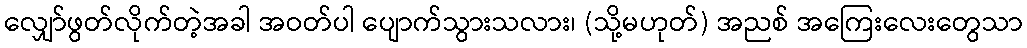
လျှော်ဖွတ်လိုက်တဲ့အခါ အဝတ်ပါ ပျောက်သွားသလား၊ (သို့မဟုတ်) အညစ် အကြေးလေးတွေသာ